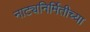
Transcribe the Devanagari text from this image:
नाट्यनिर्मितीच्या